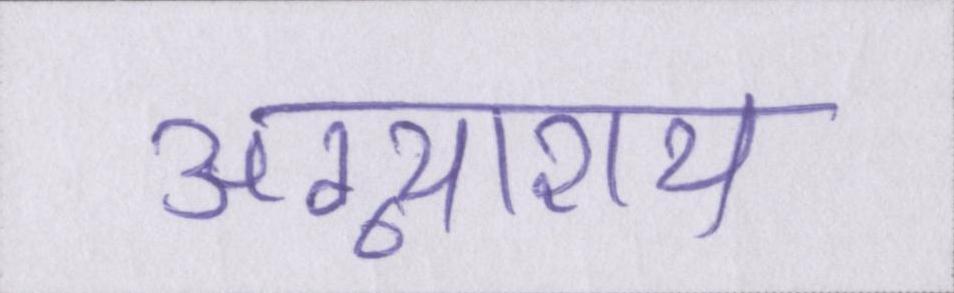
अग्न्याशय